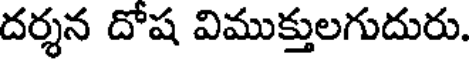
దర్శన దోష విముక్తులగుదురు.